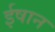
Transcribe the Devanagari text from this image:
ईषान